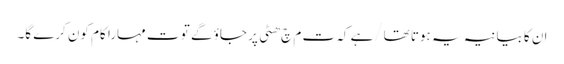
ا ن کا بیانیہ یہ ہوتا تھا/ہے کہ ت م چ ھٹی پر جاؤ گے تو ت مہارا کام کون کرے گا۔